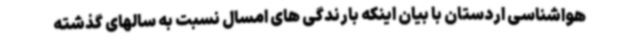
هواشناسی اردستان با بیان اینکه بارندگی های امسال نسبت به سالهای گذشته